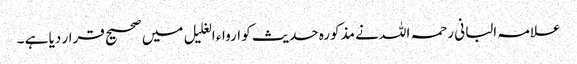
علامہ البانی رحمہ اللہ نے مذکورہ حدیث کو ارواء الغلیل میں صحیح قرار دیا ہے ۔